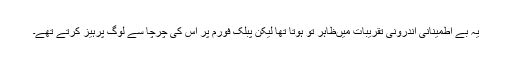
یہ بے اطمینانی اندرونی تقریبات میںظاہر تو ہوتا تھا لیکن پبلک فورم پر اس کی چرچا سے لوگ پرہیز کرتے تھے۔